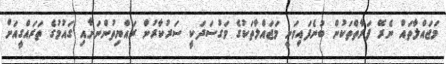
މަޖައްލާތައް ނެރޭ ފަރާތްތަކުން ބުނެފައިވަނީ މަޖައްލާތަކުގެ މަގުސަދަކީ ސަރުކާރުން ރައްޔިތުންނަށާއި ގައުމުގެ ތަރައްގީއަށް